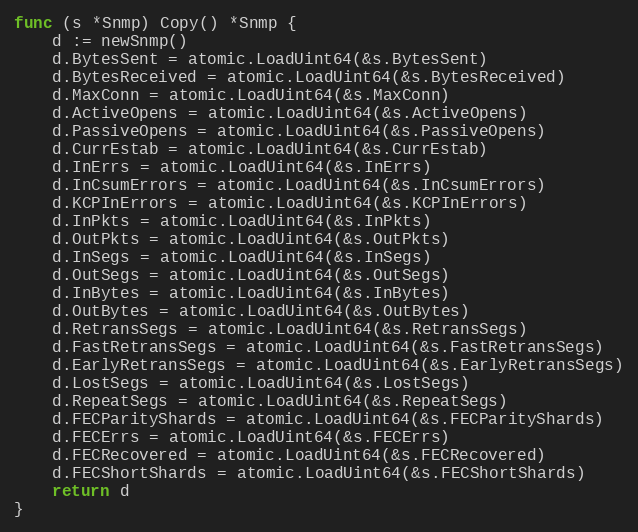
Language: Go
func (s *Snmp) Copy() *Snmp {
	d := newSnmp()
	d.BytesSent = atomic.LoadUint64(&s.BytesSent)
	d.BytesReceived = atomic.LoadUint64(&s.BytesReceived)
	d.MaxConn = atomic.LoadUint64(&s.MaxConn)
	d.ActiveOpens = atomic.LoadUint64(&s.ActiveOpens)
	d.PassiveOpens = atomic.LoadUint64(&s.PassiveOpens)
	d.CurrEstab = atomic.LoadUint64(&s.CurrEstab)
	d.InErrs = atomic.LoadUint64(&s.InErrs)
	d.InCsumErrors = atomic.LoadUint64(&s.InCsumErrors)
	d.KCPInErrors = atomic.LoadUint64(&s.KCPInErrors)
	d.InPkts = atomic.LoadUint64(&s.InPkts)
	d.OutPkts = atomic.LoadUint64(&s.OutPkts)
	d.InSegs = atomic.LoadUint64(&s.InSegs)
	d.OutSegs = atomic.LoadUint64(&s.OutSegs)
	d.InBytes = atomic.LoadUint64(&s.InBytes)
	d.OutBytes = atomic.LoadUint64(&s.OutBytes)
	d.RetransSegs = atomic.LoadUint64(&s.RetransSegs)
	d.FastRetransSegs = atomic.LoadUint64(&s.FastRetransSegs)
	d.EarlyRetransSegs = atomic.LoadUint64(&s.EarlyRetransSegs)
	d.LostSegs = atomic.LoadUint64(&s.LostSegs)
	d.RepeatSegs = atomic.LoadUint64(&s.RepeatSegs)
	d.FECParityShards = atomic.LoadUint64(&s.FECParityShards)
	d.FECErrs = atomic.LoadUint64(&s.FECErrs)
	d.FECRecovered = atomic.LoadUint64(&s.FECRecovered)
	d.FECShortShards = atomic.LoadUint64(&s.FECShortShards)
	return d
}